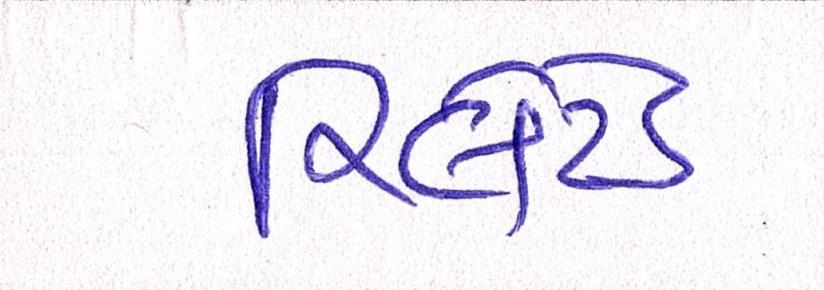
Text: રિલેટેડ